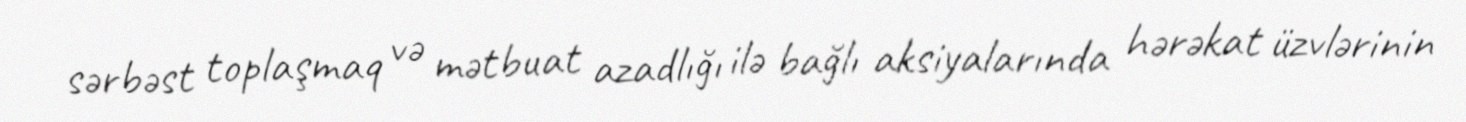
sərbəst toplaşmaq və mətbuat azadlığı ilə bağlı aksiyalarında hərəkat üzvlərinin